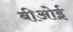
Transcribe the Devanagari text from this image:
बीओई